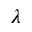
\boldsymbol { \lambda }